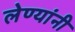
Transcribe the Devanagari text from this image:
लेण्यांनी